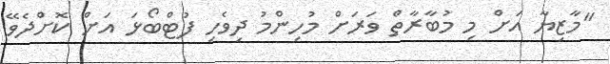
"މާޒިޔާ އަށް މި މުބާރާތް ވަރަށް މުހިންމު ދިވެހި ފުޓްބޯޅަ އަށް ކޮށްދެވޭ